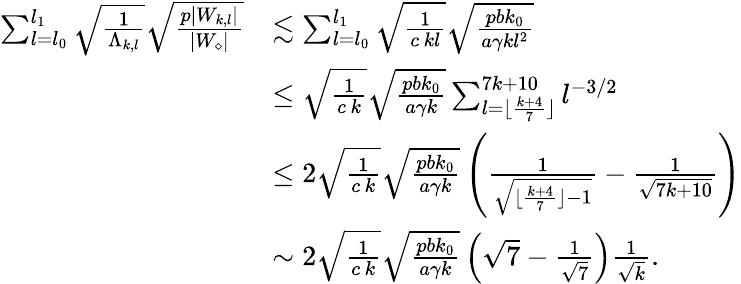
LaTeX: \begin{array}{rl}{\sum_{l=l_{0}}^{l_{1}}\sqrt{\frac{1}{\Lambda_{k,l}}}\sqrt{\frac{p|W_{k,l}|}{|W_{\diamond}|}}}&{\lesssim\sum_{l=l_{0}}^{l_{1}}\sqrt{\frac{1}{c\, kl}}\sqrt{\frac{pbk_{0}}{a\gamma kl^{2}}}}\\ &{\leq\sqrt{\frac{1}{c\, k}}\sqrt{\frac{pbk_{0}}{a\gamma k}}\sum_{l=\lfloor\frac{k+4}{7}\rfloor}^{7k+10}l^{-3/2}}\\ &{\leq 2\sqrt{\frac{1}{c\, k}}\sqrt{\frac{pbk_{0}}{a\gamma k}}\left(\frac{1}{\sqrt{\lfloor\frac{k+4}{7}\rfloor-1}}-\frac{1}{\sqrt{7k+10}}\right)}\\ &{\sim 2\sqrt{\frac{1}{c\, k}}\sqrt{\frac{pbk_{0}}{a\gamma k}}\left(\sqrt{7}-\frac{1}{\sqrt{7}}\right)\frac{1}{\sqrt{k}}.}\end{array}